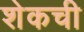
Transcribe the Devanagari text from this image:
शेकची